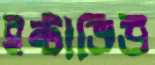
ইন্টাভিউ